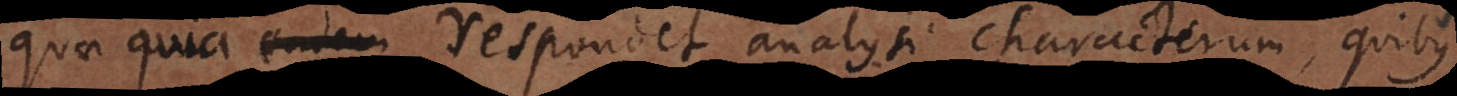
eadem quia respondet analysi characterum, quibus